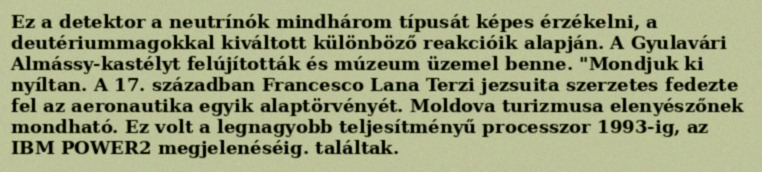
Ez a detektor a neutrínók mindhárom típusát képes érzékelni, a deutériummagokkal kiváltott különböző reakcióik alapján. A Gyulavári Almássy-kastélyt felújították és múzeum üzemel benne. "Mondjuk ki nyíltan. A 17. században Francesco Lana Terzi jezsuita szerzetes fedezte fel az aeronautika egyik alaptörvényét. Moldova turizmusa elenyészőnek mondható. Ez volt a legnagyobb teljesítményű processzor 1993-ig, az IBM POWER2 megjelenéséig. találtak.